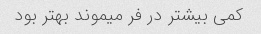
کمی بیشتر در فر میموند بهتر بود